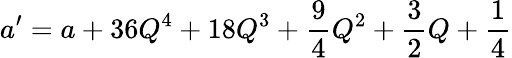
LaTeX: a^{\prime}=a+36Q^{4}+18Q^{3}+\frac{9}{4}Q^{2}+\frac{3}{2}Q+\frac{1}{4}